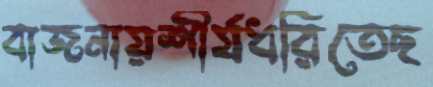
বাজনায়শীর্যধরিতেছ